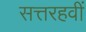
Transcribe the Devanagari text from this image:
सत्तरहवीं